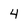
Character: 4